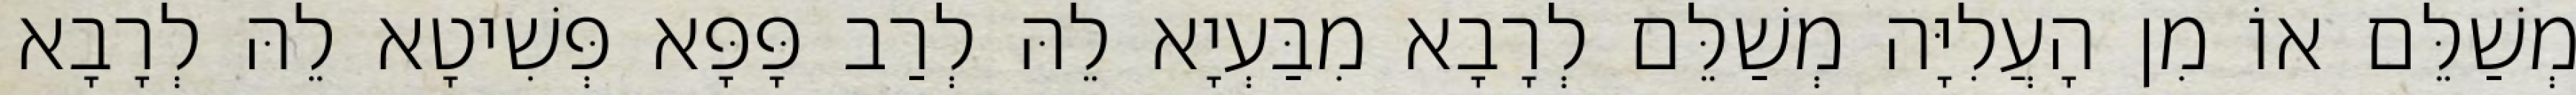
מְשַׁלֵּם אוֹ מִן הָעֲלִיָּה מְשַׁלֵּם לְרָבָא מִבַּעְיָא לֵהּ לְרַב פָּפָּא פְּשִׁיטָא לֵהּ לְרָבָא